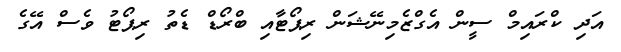
އަދި ކްރައިމް ސީން އެގްޒެމިނޭޝަން ރިޕޯޓާއި ބްރޯޑް ޑެތު ރިޕޯޓު ވެސް އޭގެ